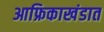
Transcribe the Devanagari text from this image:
आफ्रिकाखंडात